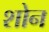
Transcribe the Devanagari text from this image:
शोन